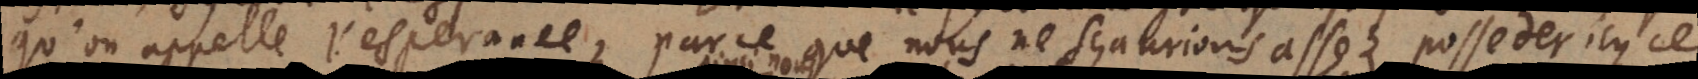
qu’on appelle l’esperance parce que nous ne sçaurions assez posseder icy de